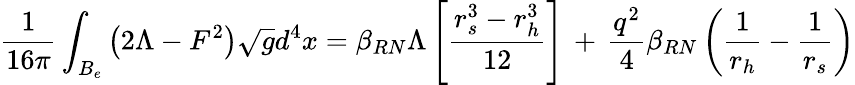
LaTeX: \frac{1}{16\pi}\int_{B_{e}}\left(2\Lambda-F^{2}\right)\sqrt{g}d^{4}x=\beta_{RN}\Lambda\left[\frac{r_{s}^{3}-r_{h}^{3}}{12}\right]\, +\, \frac{q^{2}}{4}\beta_{RN}\left(\frac{1}{r_{h}}-\frac{1}{r_{s}}\right)